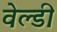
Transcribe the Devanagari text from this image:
वेल्डी